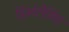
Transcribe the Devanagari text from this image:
हिस्टेरीसिस